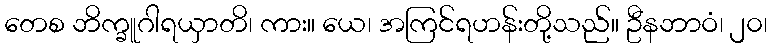
တေစ ဘိက္ခူဂါရယှာတိ၊ ကား။ ယေ၊ အကြင်ရဟန်းတို့သည်။ ဦနဘာဝံ၊ ၂၀၊